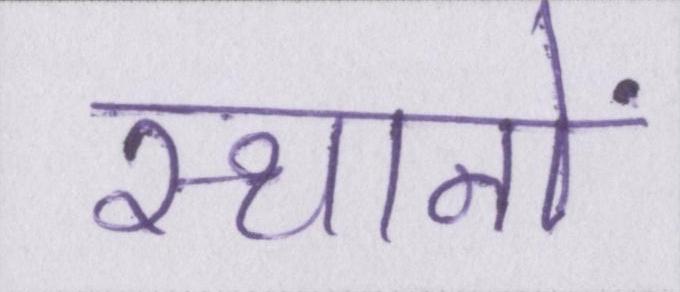
स्थानों